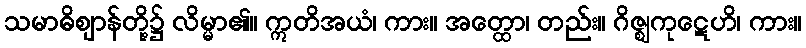
သမာဓိဈာန်တို့၌ လိမ္မာ၏။ ဣတိအယံ၊ ကား။ အတ္ထော၊ တည်း။ ဂိဇ္ဈကုဋေဟိ၊ ကား။